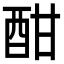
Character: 酣